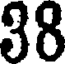
38